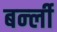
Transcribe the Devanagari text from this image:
बर्न्ली